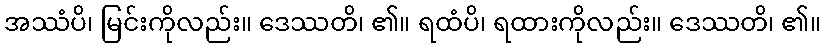
အဿံပိ၊ မြင်းကိုလည်း။ ဒေဿတိ၊ ၏။ ရထံပိ၊ ရထားကိုလည်း။ ဒေဿတိ၊ ၏။